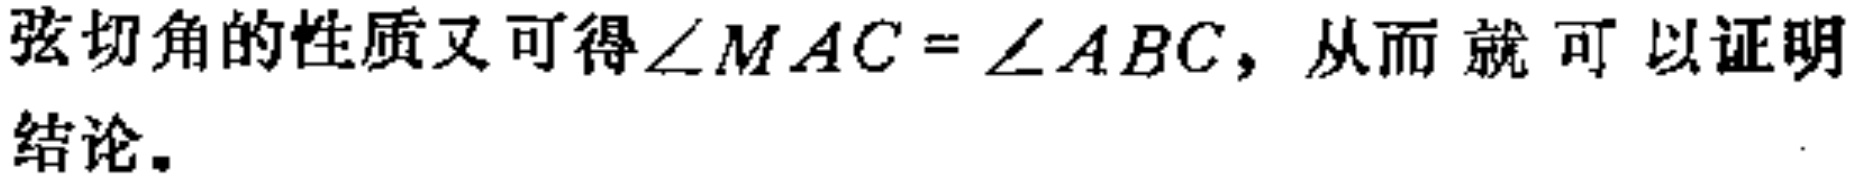
弦切角的性质又可得\(\angle MAC = \angle ABC\)，从而就可以证明结论。